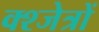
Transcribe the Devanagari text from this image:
क्श्जेत्रों